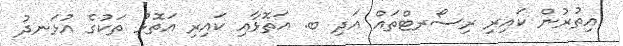
އިތުރުން ކައިރި ރިސޯރޓްތައް އަދި ބ. އަތޮޅާއި ކައިރި އަތޮޅު ތަކުގެ އުޅަނދު